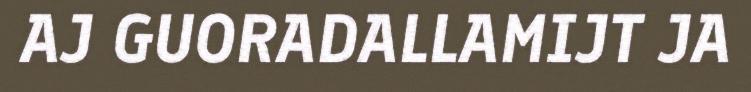
AJ GUORADALLAMIJT JA